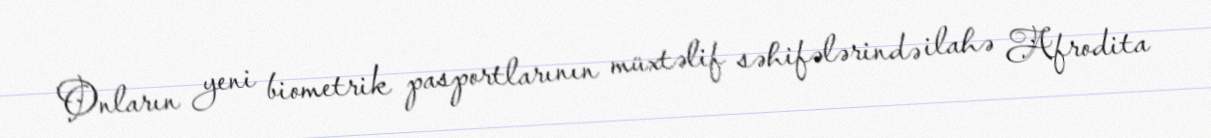
Onların yeni biometrik pasportlarının müxtəlif səhifələrində ilahə Afrodita